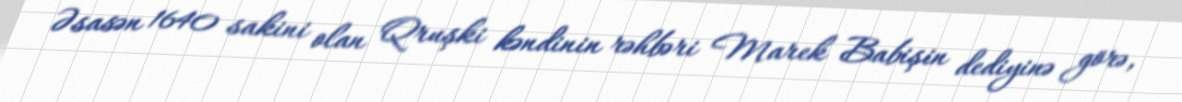
Əsasən 1640 sakini olan Qruşki kəndinin rəhbəri Marek Babişin dediyinə görə,